Senior Leaving Certificate Examination (including Day School Certificate (Higher) General paper), 1948
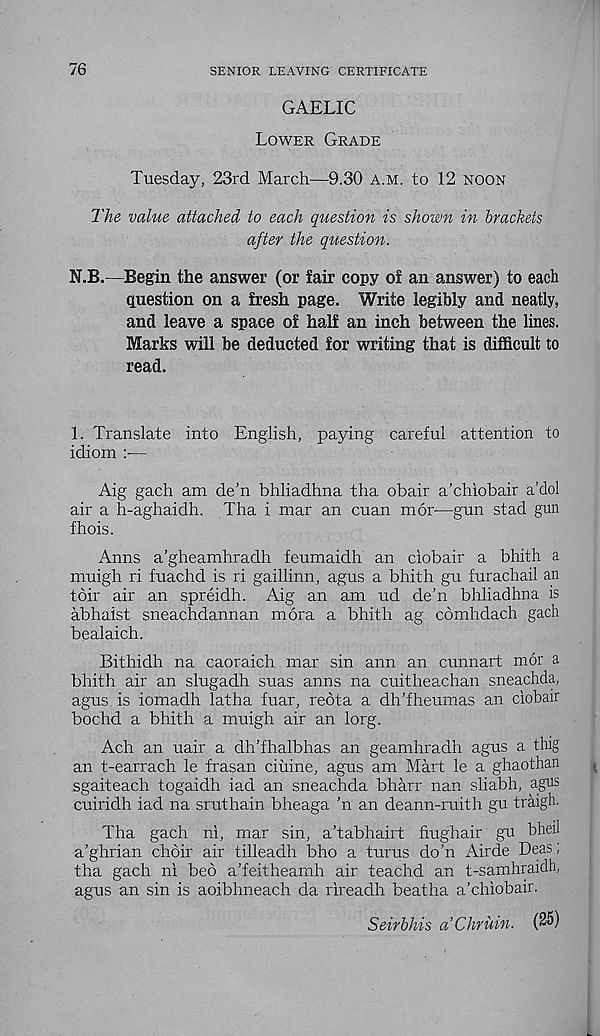
76
SENIOR LEAVING CERTIFICATE
GAELIC
Lower Grade
Tuesday, 23rd March—9.30 a.m. to 12 noon
1'he value attached to each question is shown in brackets
after the question.
N.B.—Begin the answer (or fair copy of an answer) to each
question on a fresh page. Write legibly and neatly,
and leave a space of half an inch between the lines.
Marks will be deducted for writing that is difficult to
read.
1. Translate into English, paying careful attention to
idiom —
Aig gach am de’n bhliadhna tha obair a’chiobair a’dol
air a h-aghaidh. Tha i mar an cuan mor—gun stad gun
fhois.
Anns a’gheamhradh feumaidh an ciobair a bhith a
muigh ri fuachd is ri gaillinn, agus a bhith gu furachail an
toir air an spreidh. Aig an am ud de’n bhliadhna is
abhaist sneachdannan mora a bhith ag comhdach gach
bealaich.
Bithidh na caoraich mar sin ann an cunnart mor a
bhith air an slugadh suas anns na cuitheachan sneachda,
agus is iomadh latha fuar, reota a dh’fheumas an ciobair
bochd a bhith a muigh air an lorg.
Ach an uair a dh’fhalbhas an geamhradh agus a ting
an t-earrach le frasan ciuine, agus am Mart le a ghaothan
sgaiteach togaidh iad an sneachda bharr nan sliabh, agus
cuiridh iad na sruthain bheaga ’n an deann-ruith gu traigh.
Tha gach ni, mar sin, a’tabhairt hughair gu bheil
a’ghrian choir air tilleadh bho a turus do’n Airde Deas;
tha gach ni bed a’feitheamh air teachd an t-samhraidh,
agus an sin is aoibhneach da rireadh beatha a’chiobair.
Seirbhis a’Chruin. (25)